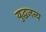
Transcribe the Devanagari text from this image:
युद्धजन्‍य